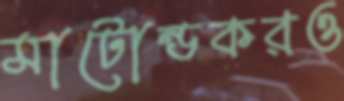
মাটোন্ডকরও